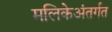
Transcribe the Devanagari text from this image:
मलिकेअंतर्गत